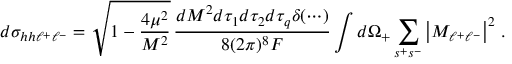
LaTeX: d \sigma _ { h h \ell ^ { + } \ell ^ { - } } = \sqrt { 1 - { \frac { 4 \mu ^ { 2 } } { M ^ { 2 } } } } \, { \frac { d M ^ { 2 } d \tau _ { 1 } d \tau _ { 2 } d \tau _ { q } \delta ( \cdots ) } { 8 ( 2 \pi ) ^ { 8 } F } } \int d \Omega _ { + } \sum _ { s ^ { + } s ^ { - } } \left| { \cal M } _ { \ell ^ { + } \ell ^ { - } } \right| ^ { 2 } \, .